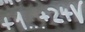
Text: +1... +24V